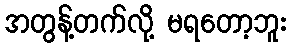
အတွန့်တက်လို့ မရတော့ဘူး